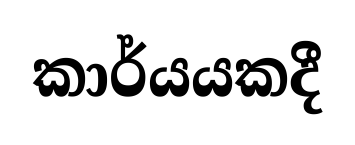
කාර්යයකදී